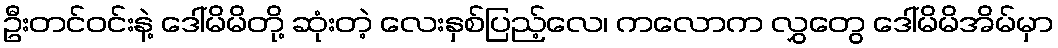
ဦးတင်ဝင်းနဲ့ ဒေါ်မိမိတို့ ဆုံးတဲ့ လေးနှစ်ပြည့်လေ၊ ကလောက လွှတွေ ဒေါ်မိမိအိမ်မှာ